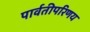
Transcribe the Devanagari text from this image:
पार्वतीपरिणय